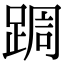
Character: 𮛩